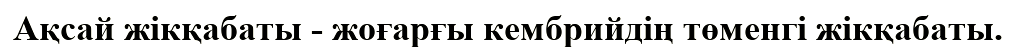
Ақсай жiкқабаты - жоғарғы кембрийдің төменгі жікқабаты.